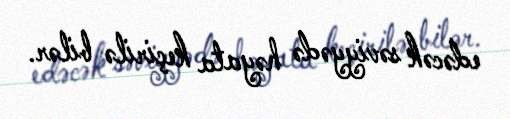
edəcək səviyyədə həyata keçirilə bilər.